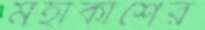
মহাকাশের